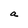
Character: a